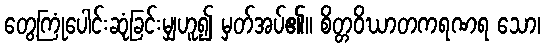
တွေ့ကြုံပေါင်းဆုံခြင်းမျှဟူ၍ မှတ်အပ်၏။ စိတ္တဝိဃာတကရဏရ သော၊